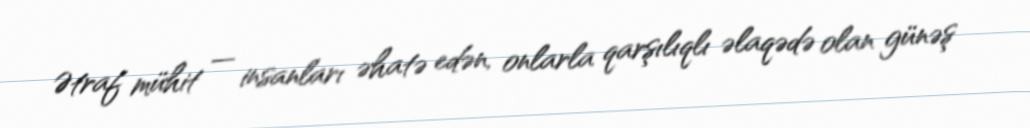
Ətraf mühit — insanları əhatə edən, onlarla qarşılıqlı əlaqədə olan günəş